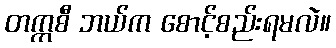
တက္ကစီ ဘယ်က စောင့်စည်းရမလဲ။